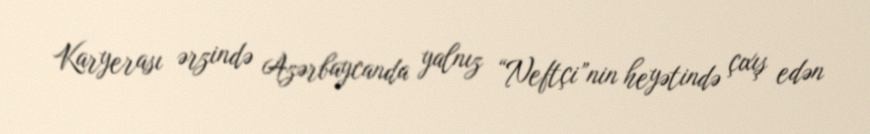
Karyerası ərzində Azərbaycanda yalnız “Neftçi”nin heyətində çıxış edən